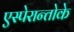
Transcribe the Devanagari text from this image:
एस्पेरान्तोके